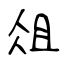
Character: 俎